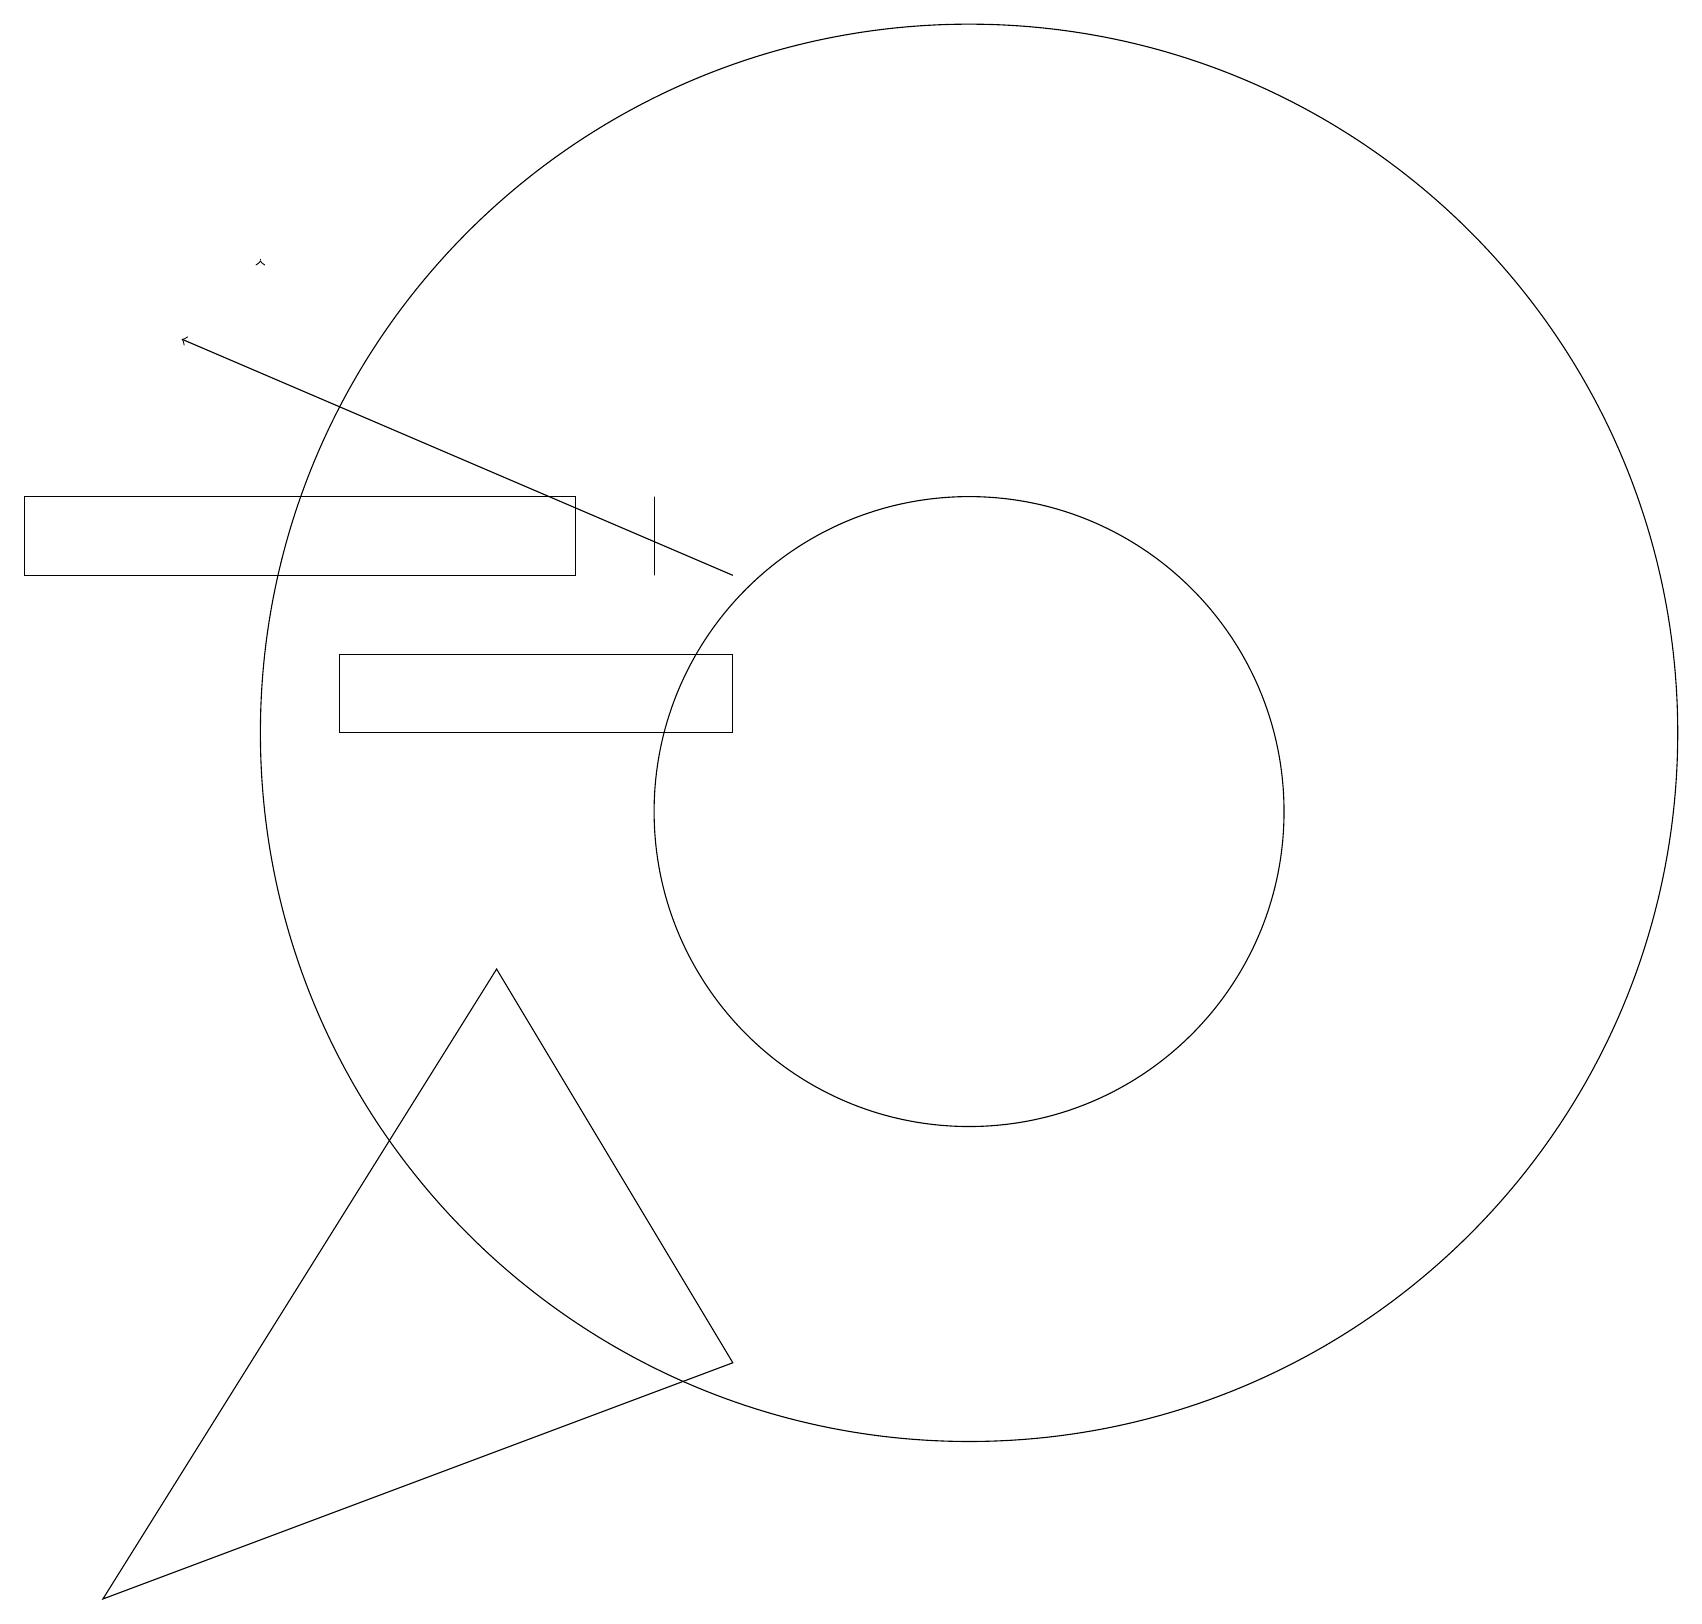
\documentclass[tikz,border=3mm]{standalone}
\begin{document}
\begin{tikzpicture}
\draw (4,13) rectangle (9,12);
\draw (12,12) circle (9);
\draw (1,1) -- (6,9) -- (9,4) -- cycle;
\draw[->] (3,18) -- (3,18);
\draw[->] (9,14) -- (2,17);
\draw (8,15) rectangle (8,14);
\draw (12,11) circle (4);
\draw (0,15) rectangle (7,14);
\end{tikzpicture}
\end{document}